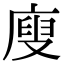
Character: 廋